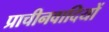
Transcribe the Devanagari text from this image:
प्राचीनवादियों